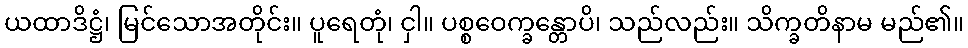
ယထာဒိဋ္ဌံ၊ မြင်သောအတိုင်း။ ပူရေတုံ၊ ငှါ။ ပစ္စဝေက္ခန္တောပိ၊ သည်လည်း။ သိက္ခတိနာမ မည်၏။